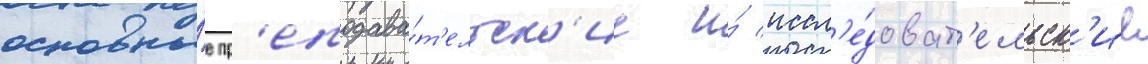
основны́е пр'еподава́т'ельск'ие и́ иссл'е́доват'ельск'ие